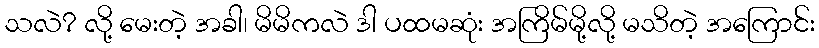
သလဲ? လို့ မေးတဲ့ အခါ၊ မိမိကလဲ ဒါ ပထမဆုံး အကြိမ်မို့လို့ မသိတဲ့ အကြောင်း